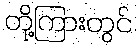
တို့ကြားတွင်